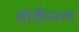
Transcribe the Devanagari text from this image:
बोकैसल